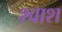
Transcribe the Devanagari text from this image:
श्वाश